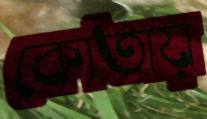
কোতায়